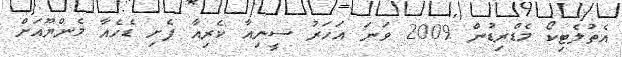
އެތުލެޓިކޯ މެޑްރިޑުން 2009 ވަނަ އަހަރު ސީނިއާ ކެރިއާ ފެށި ޑެހެއާ މެންޔޫއަށް